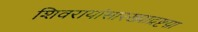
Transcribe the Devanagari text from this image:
शिवरायांसारख्याद्रष्टय़ा